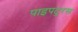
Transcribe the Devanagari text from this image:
पाइपटुरस